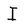
Character: I